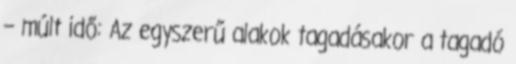
– múlt idő: Az egyszerű alakok tagadásakor a tagadó